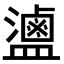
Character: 𬐻